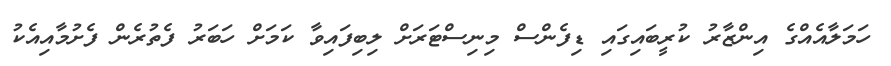
ހަމަލާއެއްގެ އިންޒާރު ކުރީބައިގައި ޑިފެންސް މިނިސްޓަރަށް ލިބިފައިވާ ކަމަށް ހަބަރު ފެތުރެން ފެށުމާއިއެކު